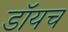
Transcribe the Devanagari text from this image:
डॉयच